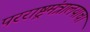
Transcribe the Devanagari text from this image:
परराष्ट्रमंत्रालयाचा